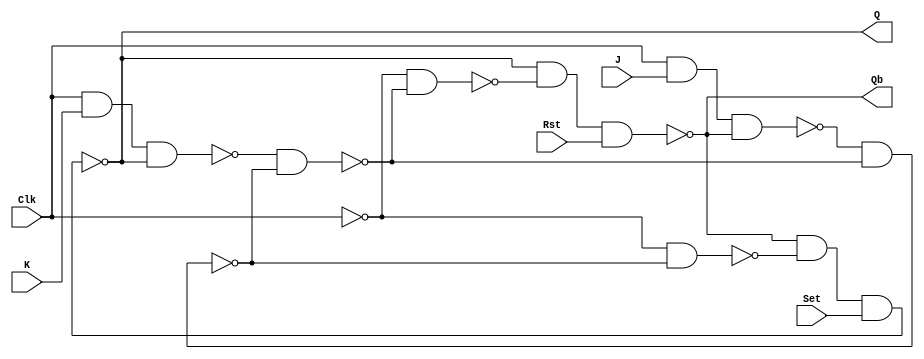
module jk_ms_ff (Q, Qb, J, K, Clk, Set, Rst);
  
  input J,K,Clk,Rst,Set;
  output  Q,Qb;
  
  wire Clkb,MQ,MQb,MSet,MRst,SSet,SRst;
  
  not gen(Clkb, Clk);
  
  nand m1(MRst,Clk,J,Qb);
  nand m2(MSet,Clk,K,Q);
  nand m3(MQ,MRst,MQb);
  nand m4(MQb,MSet,MQ);
  nand m5(SRst,Clkb,MQ);
  nand m6(SSet,Clkb,MQb);
  nand m7(Q,Qb,SRst,Set);
  nand m8(Qb,Q,SSet,Rst);
  
  
endmodule